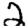
Digit: 2